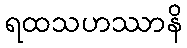
ရထသဟဿာနိ